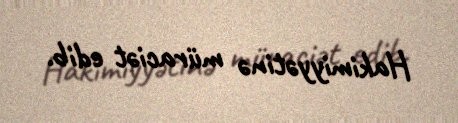
Hakimiyyətinə müraciət edib.